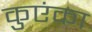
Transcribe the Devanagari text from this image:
कुएंका